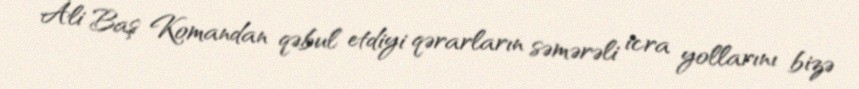
Ali Baş Komandan qəbul etdiyi qərarların səmərəli icra yollarını bizə